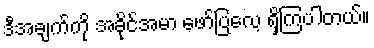
ဒီအချက်ကို အခိုင်အမာ ဖော်ပြလေ့ ရှိကြပါတယ်။